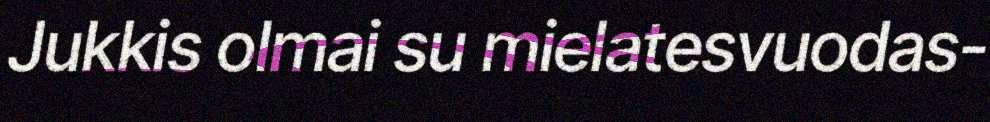
Jukkis olmai su mielatesvuodas-